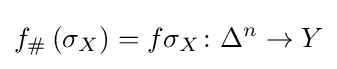
f_{\#}\left(\sigma _{X}\right)=f\sigma _{X}\colon \Delta ^{n}\rightarrow Y